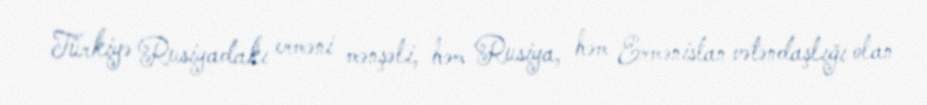
Türkiyə Rusiyadakı erməni mənşəli, həm Rusiya, həm Ermənistan vətəndaşlığı olan